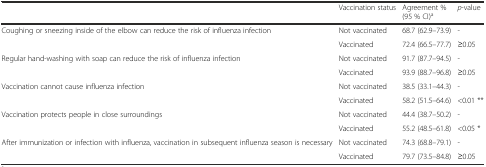
<table><thead><tr><td></td><td><b>Vaccination status</b></td><td><b>Agreement % (95 % CI)<sup>a</sup></b></td><td><b><i>p</i>-value</b></td></tr></thead><tbody><tr><td rowspan="2">Coughing or sneezing inside of the elbow can reduce the risk of influenza infection</td><td>Not vaccinated</td><td>68.7 (62.9–73.9)</td><td>-</td></tr><tr><td>Vaccinated</td><td>72.4 (66.5–77.7)</td><td>≥0.05</td></tr><tr><td rowspan="2">Regular hand-washing with soap can reduce the risk of influenza infection</td><td>Not vaccinated</td><td>91.7 (87.7–94.5)</td><td>-</td></tr><tr><td>Vaccinated</td><td>93.9 (88.7–96.8)</td><td>≥0.05</td></tr><tr><td rowspan="2">Vaccination cannot cause influenza infection</td><td>Not vaccinated</td><td>38.5 (33.1–44.3)</td><td>-</td></tr><tr><td>Vaccinated</td><td>58.2 (51.5–64.6)</td><td>&lt;0.01 **</td></tr><tr><td rowspan="2">Vaccination protects people in close surroundings</td><td>Not vaccinated</td><td>44.4 (38.7–50.2)</td><td>-</td></tr><tr><td>Vaccinated</td><td>55.2 (48.5–61.8)</td><td>&lt;0.05 *</td></tr><tr><td rowspan="2">After immunization or infection with influenza, vaccination in subsequent influenza season is necessary</td><td>Not vaccinated</td><td>74.3 (68.8–79.1)</td><td>-</td></tr><tr><td>Vaccinated</td><td>79.7 (73.5–84.8)</td><td>≥0.05</td></tr></tbody></table>